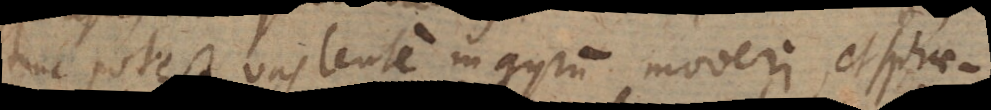
tunc potest vas lente in gyrum moveri, et sphae-